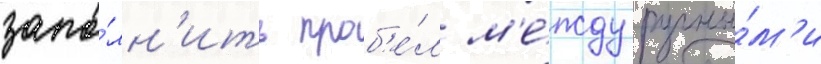
запо́лн'ить проб'е́л м'е́жду ручны́м'и